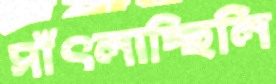
সাঁৎলাচ্ছিলি